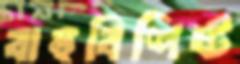
বাহুবিশিষ্ট